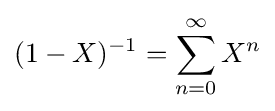
(1-X)^{-1}=\sum _{n=0}^{\infty }X^{n}